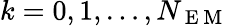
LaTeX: k=0,1,\dots,N_{\mathrm{~E~M~}}